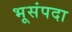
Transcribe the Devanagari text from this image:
भूसंपदा